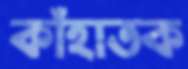
কাঁহাতক